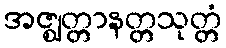
အဇ္ဈတ္တာနတ္တသုတ္တံ